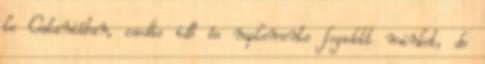
le Cataniában, csodás idő és naplemente fogadott minket, de